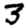
Digit: 3